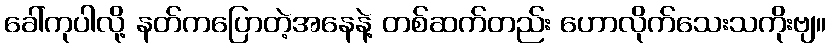
ခေါ်ကုပါလို့ နတ်ကပြောတဲ့အနေနဲ့ တစ်ဆက်တည်း ဟောလိုက်သေးသကိုးဗျ။